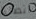
اتصلنا